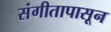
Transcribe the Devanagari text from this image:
संगीतापासून